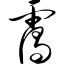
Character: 霭